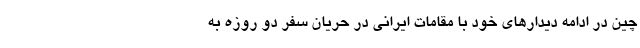
چین در ادامه دیدارهای خود با مقامات ایرانی در حریان سفر دو روزه به